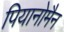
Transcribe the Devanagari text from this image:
पियानोमैन